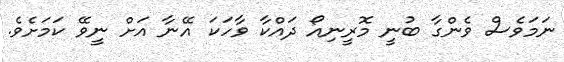
ނަމަވެސް ވެންގާ ބުނީ މޮރީނިއޯ ދައްކާ ވާހަކަ އޭނާ އަށް ނީވޭ ކަމަށެވެ.